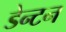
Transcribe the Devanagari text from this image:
डेन्टन